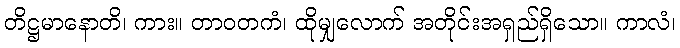
တိဋ္ဌမာနောတိ၊ ကား။ တာဝတကံ၊ ထိုမျှလောက် အတိုင်းအရှည်ရှိသော။ ကာလံ၊